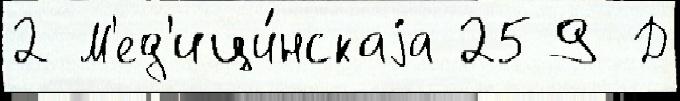
2 М'ед'ици́нскаjа 259 Д